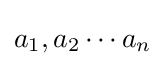
a_{1},a_{2}\cdots a_{n}